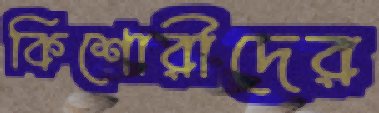
কিশোরীদের